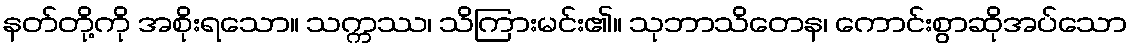
နတ်တို့ကို အစိုးရသော။ သက္ကဿ၊ သိကြားမင်း၏။ သုဘာသိတေန၊ ကောင်းစွာဆိုအပ်သော